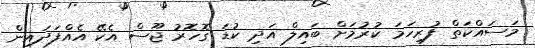
މަސައްކަތް ފުރިހަމަ ކުރުމަށް ބައިލް އަދި ކުޑަ ގޮހޮރު ޖޫސް އެކޭ އެއްފަދައިން